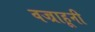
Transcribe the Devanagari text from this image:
वज्राहूनी